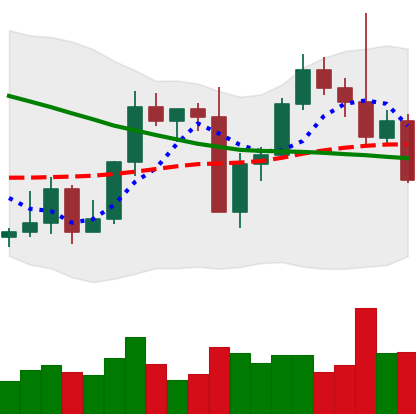
Ticker: LTC-USD
Chart end date: 2022-09-15
Forward return: -7.079%
Label: down_7plus